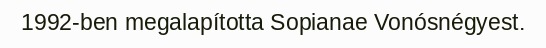
1992-ben megalapította Sopianae Vonósnégyest.